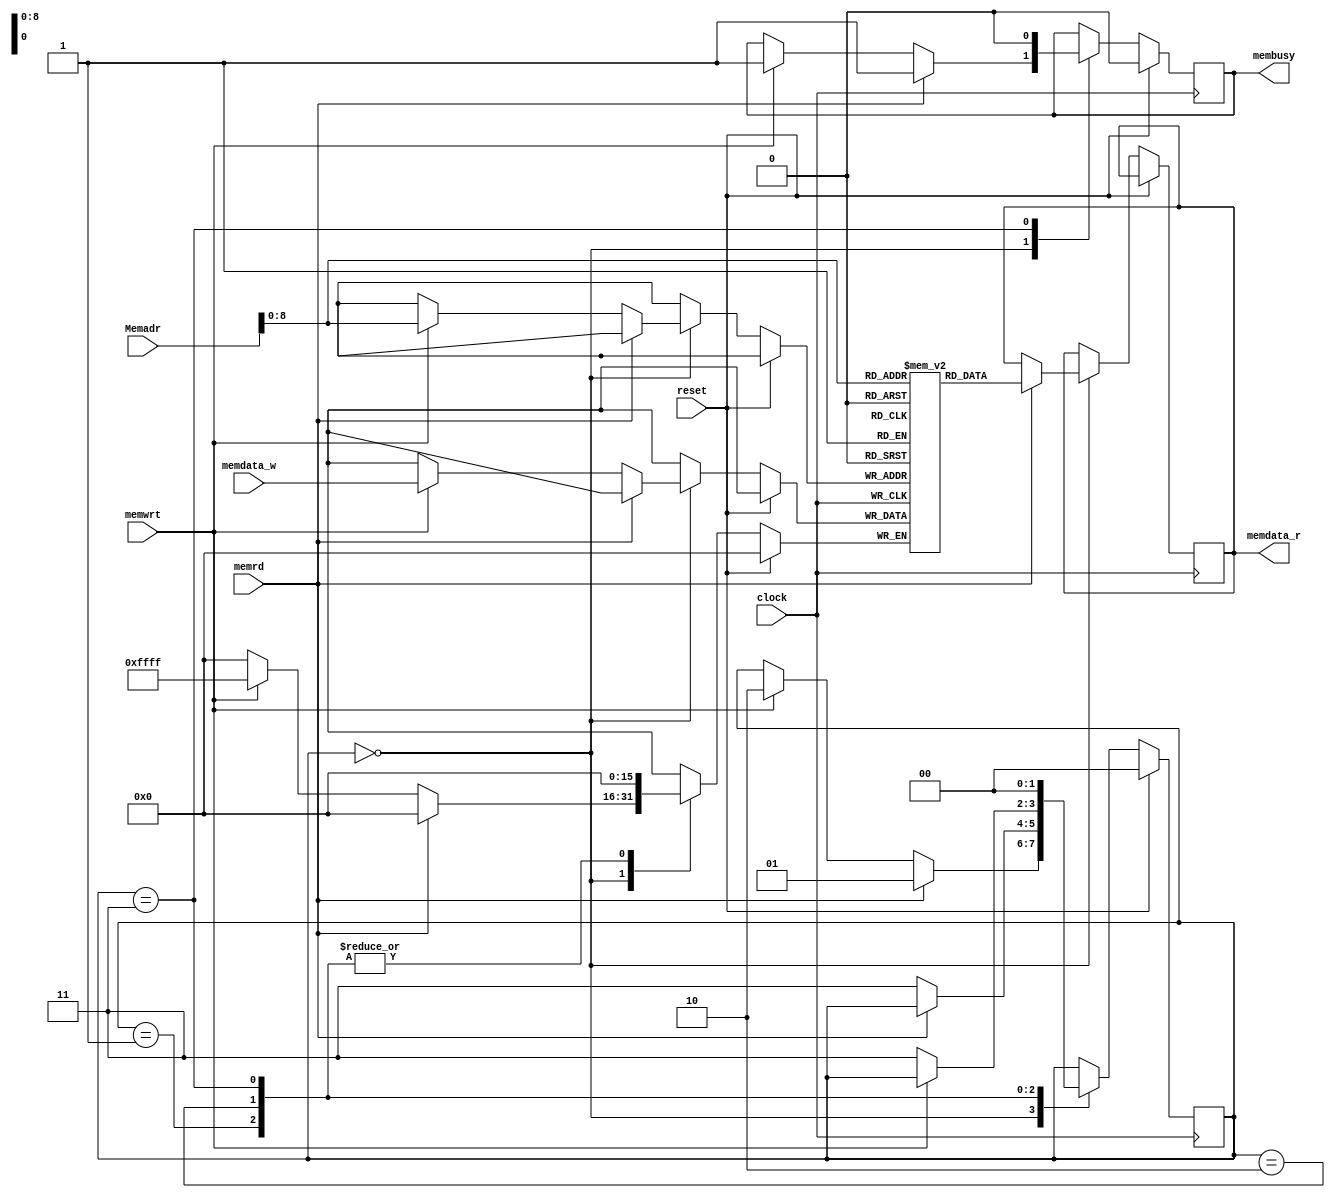
module memory(input clock,
	      input reset,
	      input [9:0]  Memadr,
	      input [15:0] memdata_w,
	      input        memrd,
	      input        memwrt,
	      output reg        membusy,
	      output reg [15:0] memdata_r
	      );

// state definitions for memory access
   parameter M_IDLE	    = 2'd0;
   parameter M_READING  = 2'd1;
   parameter M_WRITING  = 2'd2;
   parameter M_DONE     = 2'd3;
   reg [1:0] m_state;
   reg [15:0] Mem[0:511];

   always @(posedge clock)
     if (reset) begin
		m_state <= M_IDLE;
		membusy <= 1'b0;
     end
     else begin
	case (m_state)
	  M_IDLE:
	    if (memrd) begin
	       m_state <= M_READING;
	       memdata_r <= Mem[Memadr];
	       membusy <= 1'b1;
	    end
	    else if (memwrt) begin
	       m_state <= M_WRITING;
	       Mem[Memadr] <= memdata_w;
	       membusy <= 1'b1;
	    end
	  M_READING:
	    if (~memrd)
	      m_state <= M_DONE;
	  M_WRITING:
	    if (~memwrt)
	      m_state <= M_DONE;
	  M_DONE:
	    begin
               membusy <= 1'b0;
	       m_state <= M_IDLE;
	    end
	endcase
     end // else: !if(reset)
   // end always @ (posedge clock)

endmodule // memory